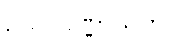
ဥပ္ပလဝဏ္ဏာသုတ်။